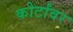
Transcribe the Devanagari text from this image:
कोर्टांवर